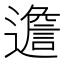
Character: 𨗧